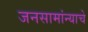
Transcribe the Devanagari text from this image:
जनसामांन्याचे